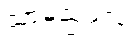
သာမညဖလံ